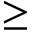
\ge